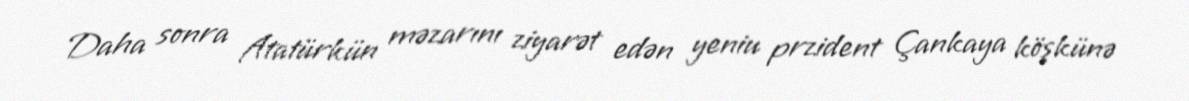
Daha sonra Atatürkün məzarını ziyarət edən yeniu przident Çankaya köşkünə